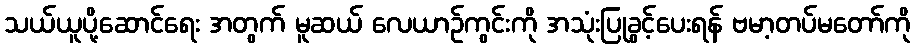
သယ်ယူပို့ဆောင်ရေး အတွက် မူဆယ် လေယာဉ်ကွင်းကို အသုံးပြုခွင့်ပေးရန် ဗမာ့တပ်မတော်ကို